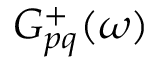
G _ { p q } ^ { + } ( \omega )